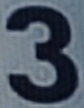
3